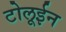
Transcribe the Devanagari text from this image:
टोलूईन